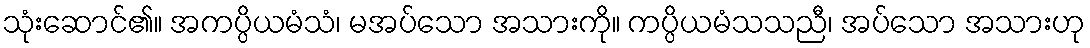
သုံးဆောင်၏။ အကပ္ပိယမံသံ၊ မအပ်သော အသားကို။ ကပ္ပိယမံသသညီ၊ အပ်သော အသားဟု